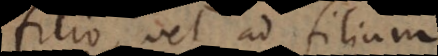
filio, vel ad filium.